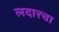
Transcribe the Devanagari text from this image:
लदारचा